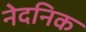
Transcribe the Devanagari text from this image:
नेदनिक